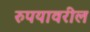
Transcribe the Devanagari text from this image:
रुपयावरील